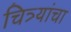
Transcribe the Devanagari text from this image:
चित्र्यांचा